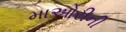
માઓરીની